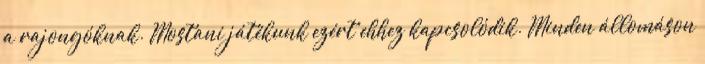
a rajongóknak. Mostani játékunk ezért ehhez kapcsolódik. Minden állomáson